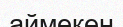
аймекен